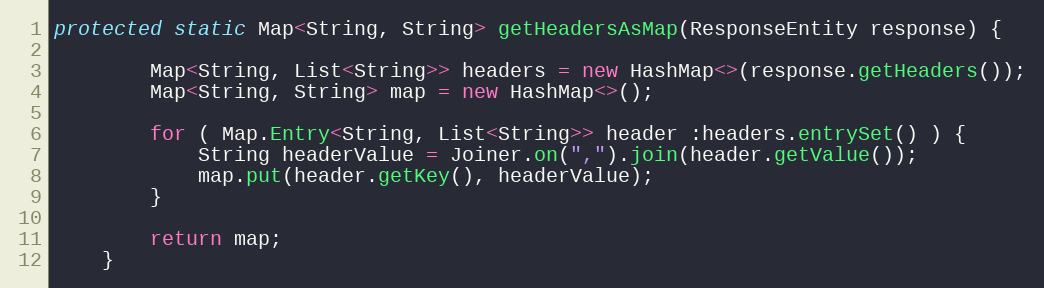
Language: Java
protected static Map<String, String> getHeadersAsMap(ResponseEntity response) {

        Map<String, List<String>> headers = new HashMap<>(response.getHeaders());
        Map<String, String> map = new HashMap<>();

        for ( Map.Entry<String, List<String>> header :headers.entrySet() ) {
            String headerValue = Joiner.on(",").join(header.getValue());
            map.put(header.getKey(), headerValue);
        }

        return map;
    }